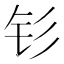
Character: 钐